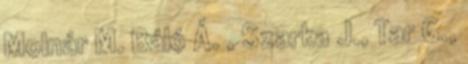
Molnár M. Báló Á. , Szarka J., Tar G.,